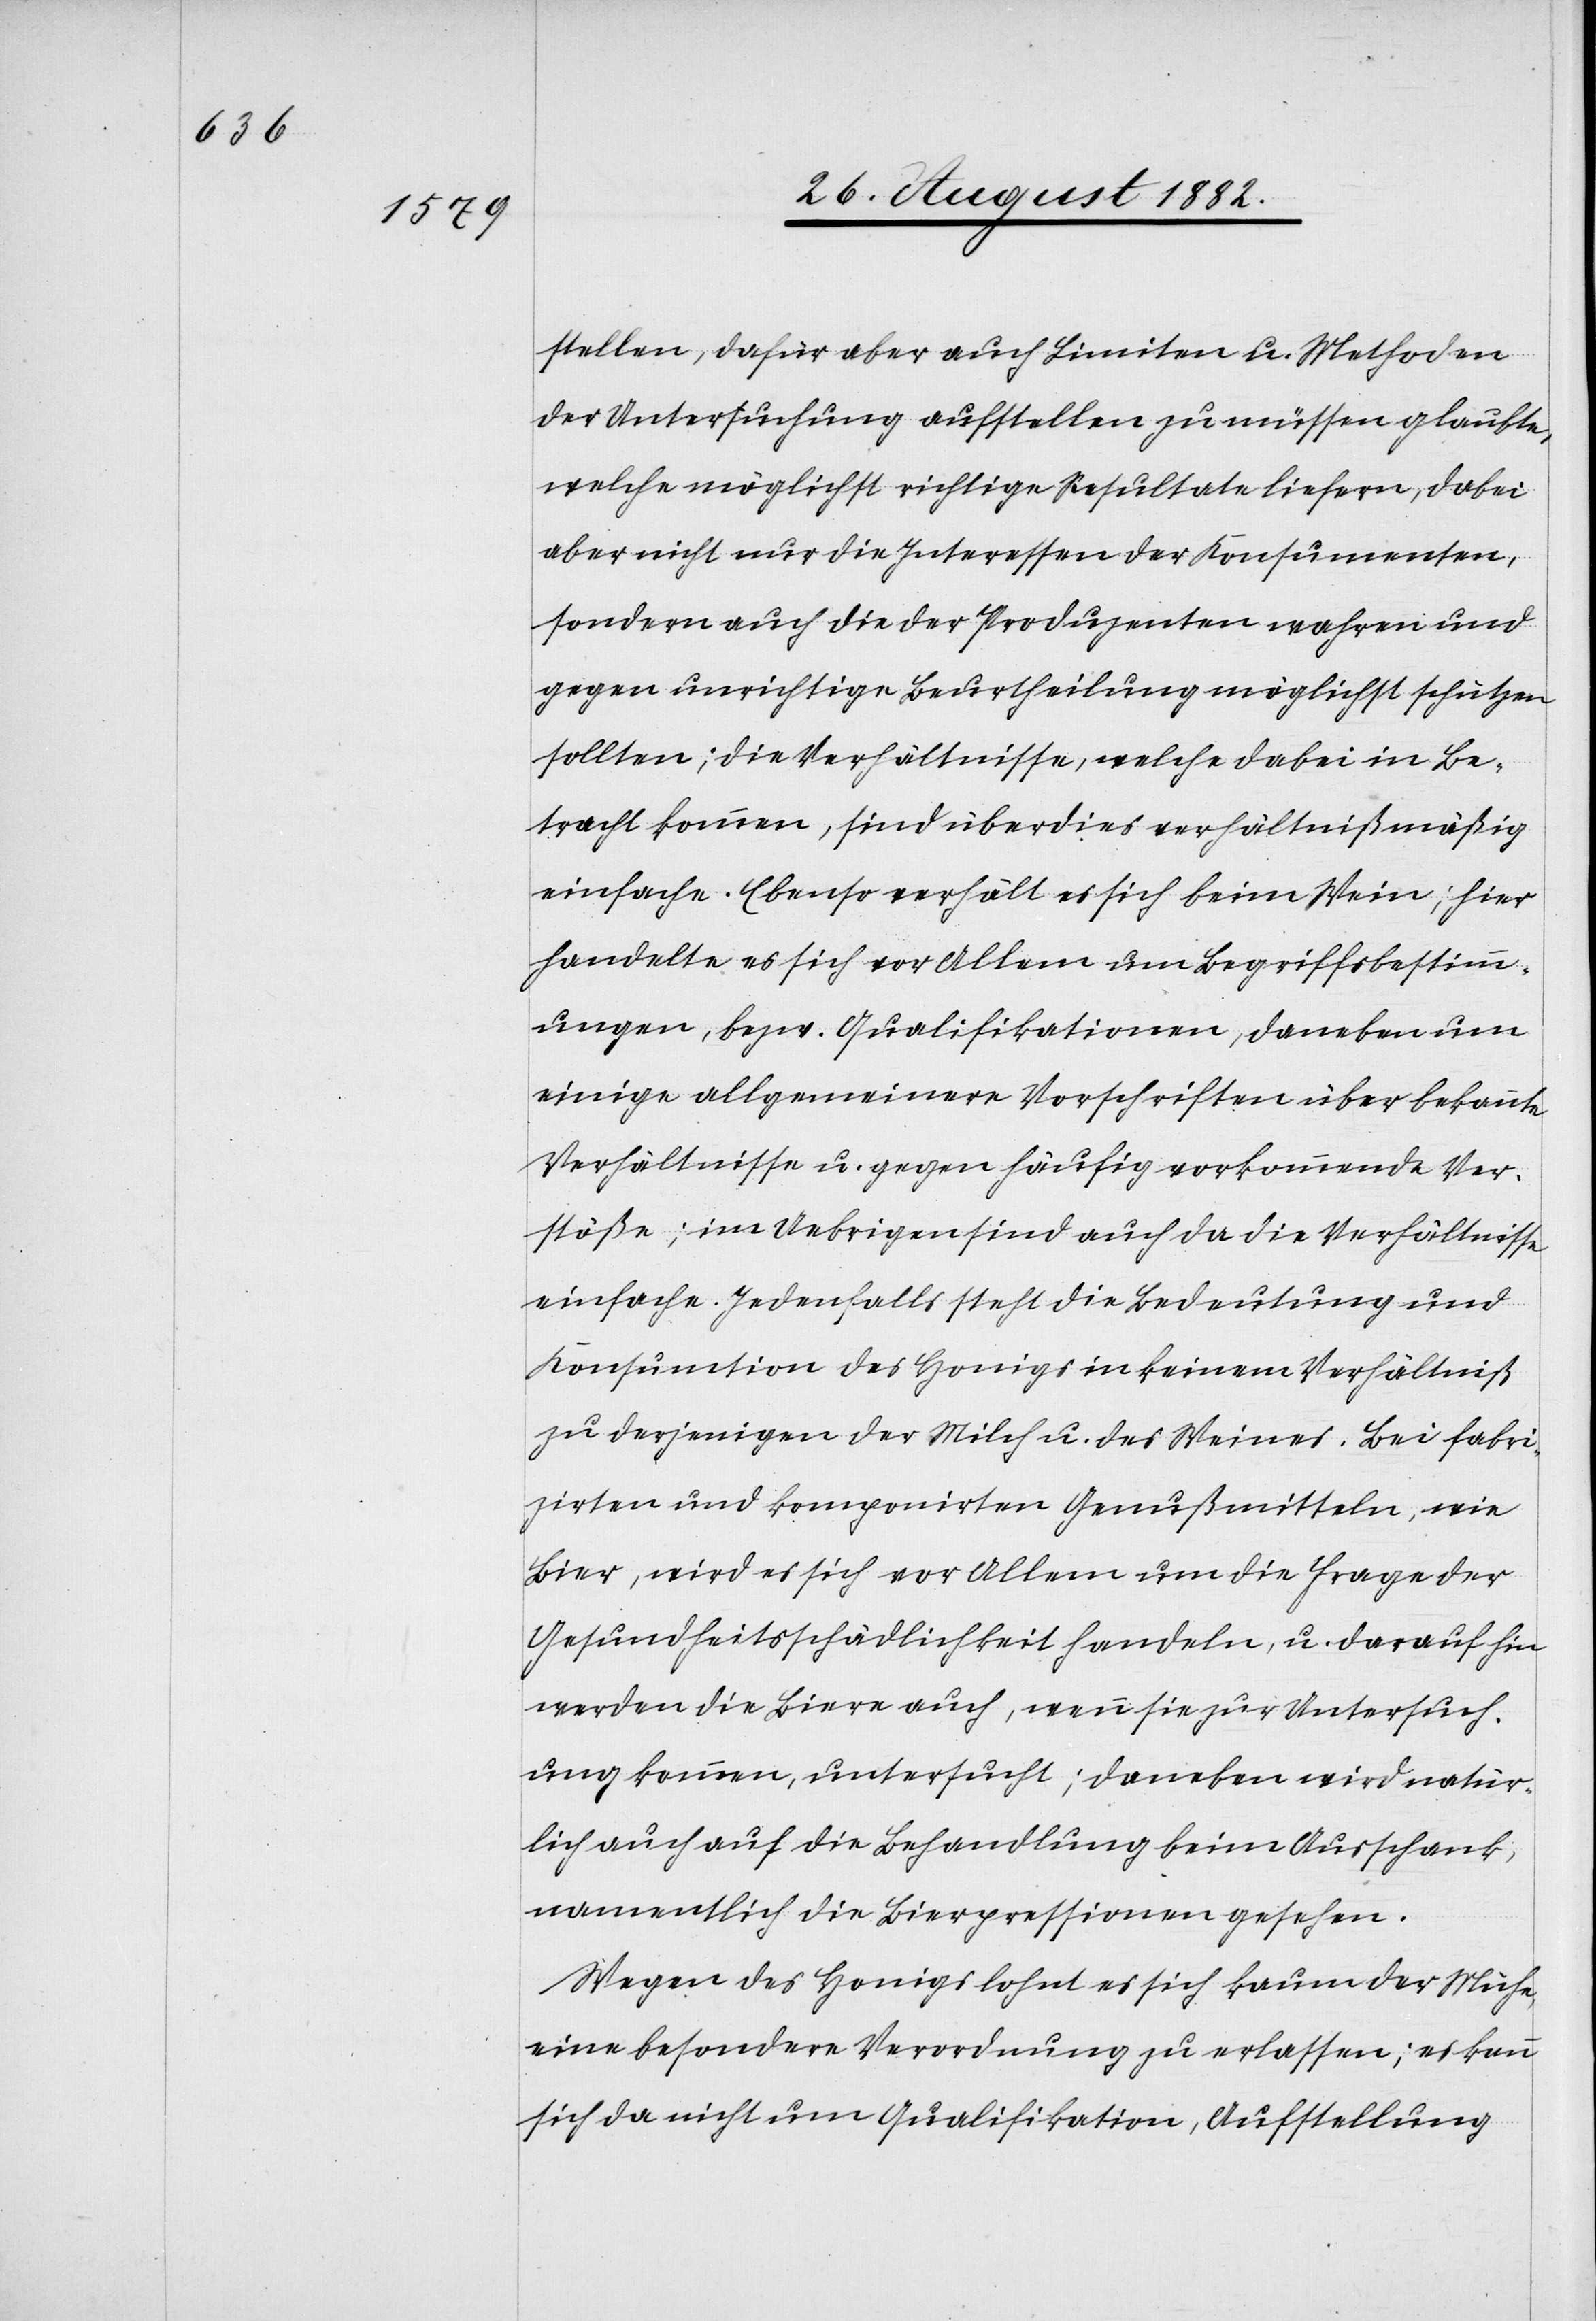
stellen, dafür aber auch Limiten u. Methoden
der Untersuchung aufstellen zu müssen glaubte,
welche möglichst richtige Resultate liefern, dabei
aber nicht nur die Interessen der Konsumenten,
sondern auch die der Produzenten wahren und
gegen unrichtige Beurtheilung möglichst schützen
sollten; die Verhältnisse, welche dabei in Be¬
tracht kommen, sind überdies verhältnißmäßig
einfache. Ebenso verhält es sich beim Wein; hier
handelt es sich vor Allem um Begriffsbestimm¬
ungen, bezw. Qualifikationen, daneben um
einige allgemeinere Vorschriften über bekannte
Verhältnisse u. gegen häufig vorkommende Ver¬
stöße; im Uebrigen sind auch da die Verhältnisse
einfache. Jedenfalls steht die Bedeutung und
Konsumation des Honigs in keinem Verhältniß
zu derjenigen der Milch u. des Weines. Bei fabri¬
zirten und komponirten Genußmitteln, wie
Bier, wird es sich vor Allem um die Frage der
Gesundheitsschädlichkeit handeln, u. darauf hin
werden die Biere auch, wenn sie zur Untersuch¬
ung kommen, untersucht; daneben wird natür¬
lich auch auf die Behandlung beim Ausschank,
namentlich die Bierpressionen gesehen.
Wegen des Honigs lohnt es sich kaum der Mühe,
eine besondere Verordnung zu erlassen; es kann
sich da nicht um Qualifikation, Aufstellung